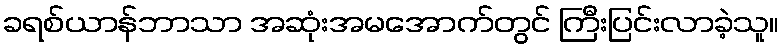
ခရစ်ယာန်ဘာသာ အဆုံးအမအောက်တွင် ကြီးပြင်းလာခဲ့သူ။